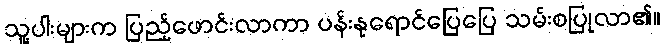
သူ့ပါးများက ပြည့်ဖောင်းလာကာ ပန်းနုရောင်ပြေပြေ သမ်းစပြုလာ၏။